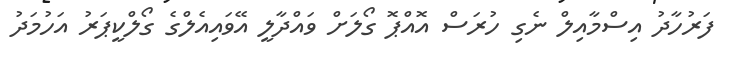
ފަރުހާދު އިސްމާއިލް ނެގި ހުރަސް އޮއްޕޮ ގޯލަށް ވައްދާލީ އޭވައިއެލްގެ ގޯލްކީޕަރު އަހުމަދު